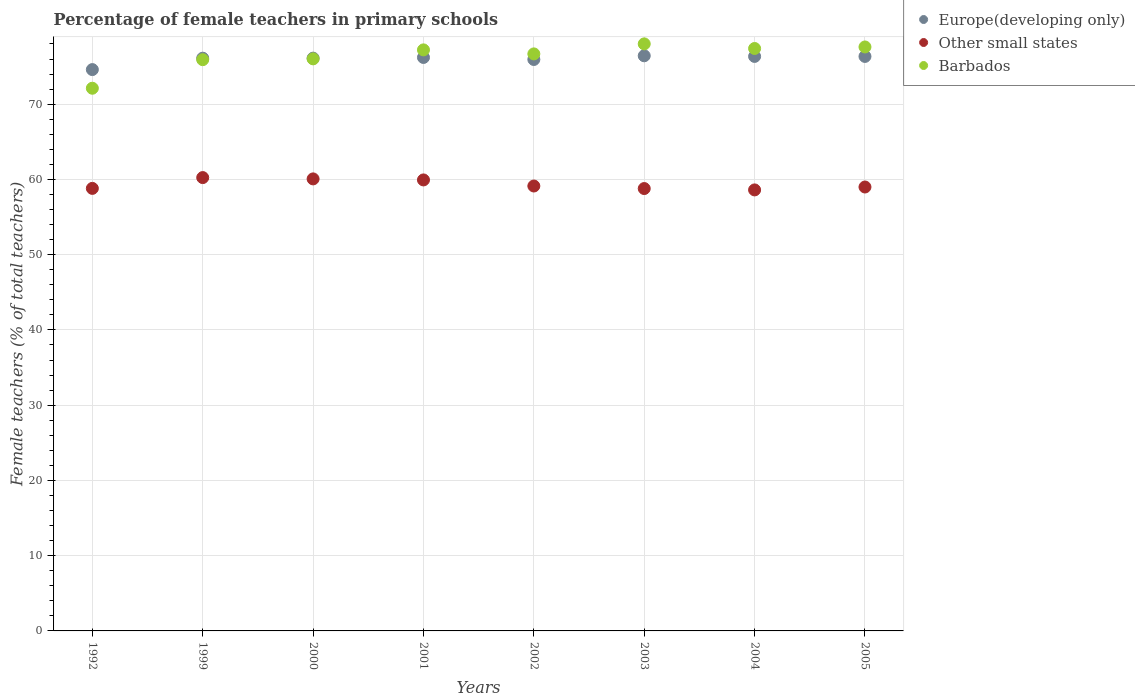
| Years | Europe(developing only) | Other small states | Barbados |
 | --- | --- | --- | --- |
 | 1992 | 74.6 | 58.8 | 72.1 |
 | 1999 | 76.1 | 60.2 | 75.9 |
 | 2000 | 76.1 | 60.1 | 76 |
 | 2001 | 76.2 | 59.9 | 77.2 |
 | 2002 | 75.9 | 59.1 | 76.7 |
 | 2003 | 76.4 | 58.8 | 78 |
 | 2004 | 76.3 | 58.6 | 77.4 |
 | 2005 | 76.3 | 59 | 77.6 |